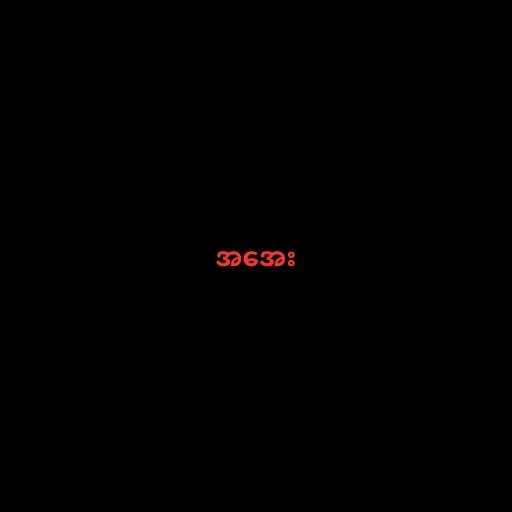
အအေး